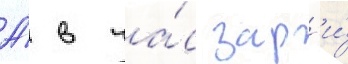
А́ в ча́с зар'и́